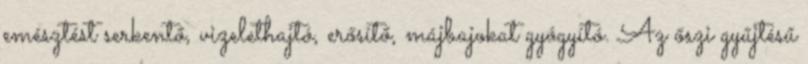
emésztést serkentő, vizelethajtó, erősítő, májbajokat gyógyító. Az őszi gyűjtésű